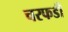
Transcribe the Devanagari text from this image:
चरफडी